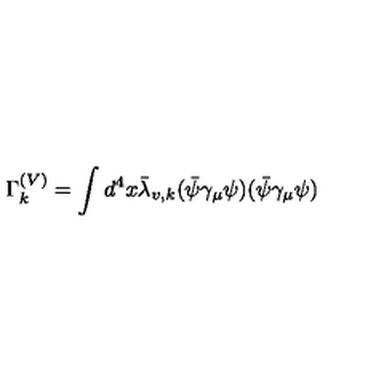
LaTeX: \Gamma _ { k } ^ { ( V ) } = \int d ^ { 4 } x \bar { \lambda } _ { v , k } ( \bar { \psi } \gamma _ { \mu } \psi ) ( \bar { \psi } \gamma _ { \mu } \psi )